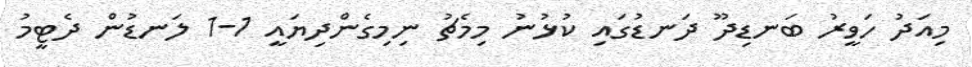
މިއަދު ހަވީރު ބަނޑިދޫ ދަނޑުގައި ކުޅުނު މިމެޗު ނިމިގެންދިޔައީ 1-1 ލަނޑުން ދެޓީމު